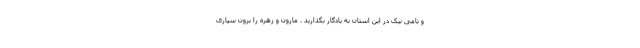
و نامی نیک در این استان به یادگار بگذارید . مارون و زهره را برون سپاری